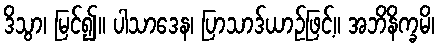
ဒိသွာ၊ မြင်၍။ ပါသာဒေန၊ ပြာသာဒ်ယာဉ်ဖြင့်။ အဘိနိက္ခမိ၊